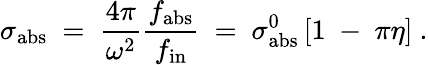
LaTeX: \sigma_{\mathrm{abs}}~=~{\frac{4\pi}{\omega^{2}}}{\frac{f_{\mathrm{abs}}}{f_{\mathrm{in}}}}~=~\sigma_{\mathrm{abs}}^{0}\left[1~-~\pi\eta\right]~.